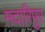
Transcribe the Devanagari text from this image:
मदारिपुर